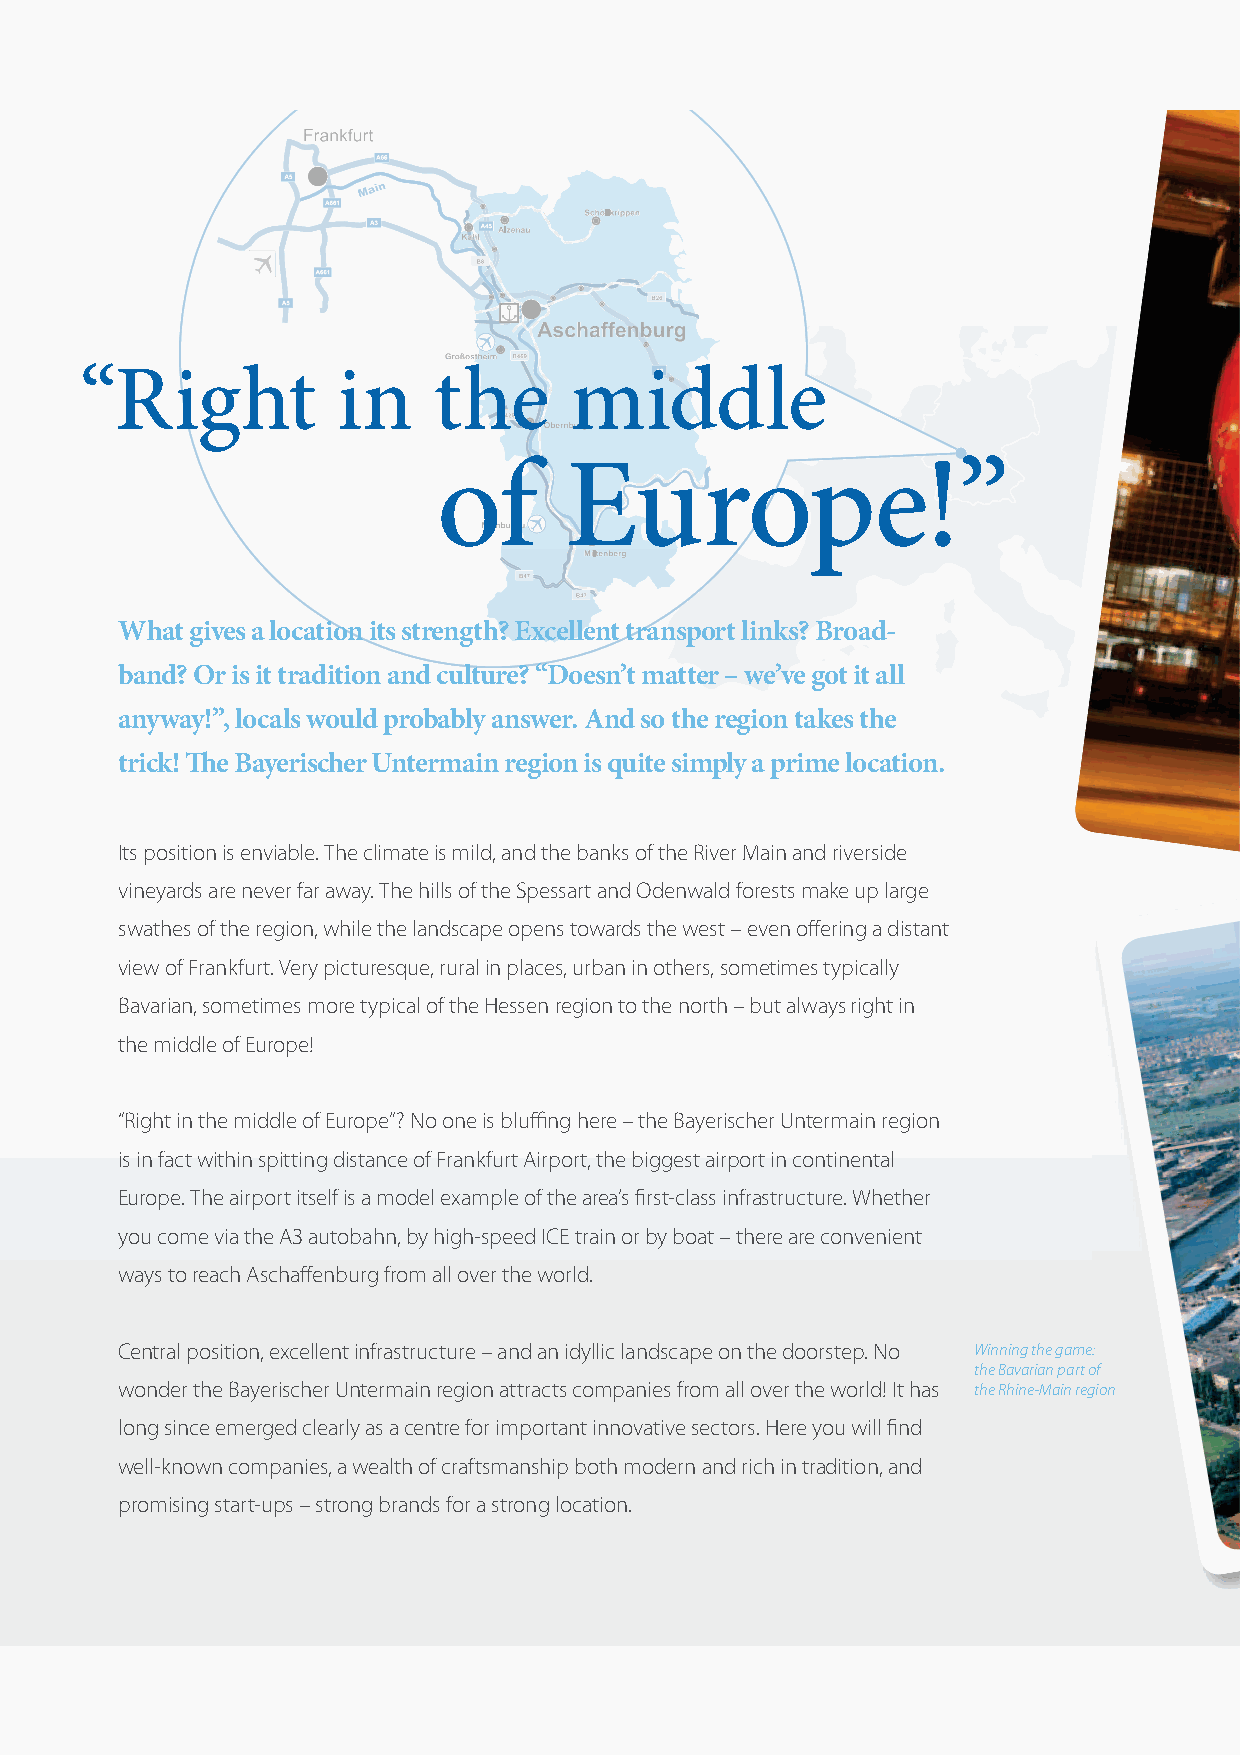
“Right           in     the      middle
 of      Europe!”
 What gives a location its strength? Excellent transport links? Broad-
 band? Or is it tradition and culture? “Doesn’t matter – we’ve got it all
 anyway!”, locals would probably answer. And so the region takes the
 trick! The Bayerischer Untermain region is quite simply a prime location.
 Its position is enviable. The climate is mild, and the banks of the River Main and riverside
 vineyards are never far away. The hills of the Spessart and Odenwald forests make up large
 swathes of the region, while the landscape opens towards the west – even offering a distant
 view of Frankfurt. Very picturesque, rural in places, urban in others, sometimes typically
 Bavarian, sometimes more typical of the Hessen region to the north – but always right in
 the middle of Europe!
 “Right in the middle of Europe”? No one is bluffing here – the Bayerischer Untermain region
 is in fact within spitting distance of Frankfurt Airport, the biggest airport in continental
 Europe. The airport itself is a model example of the area’s first-class infrastructure. Whether
 you come via the A3 autobahn, by high-speed ICE train or by boat – there are convenient
 ways to reach Aschaffenburg from all over the world.
 Central position, excellent infrastructure – and an idyllic landscape on the doorstep. No Winning the gamee::
 the Bavarian part ooff
 wonder the Bayerischer Untermain region attracts companies from all over the world! It has the Rhine-Main rreeggiioonn
 long since emerged clearly as a centre for important innovative sectors. Here you will find
 well-known companies, a wealth of craftsmanship both modern and rich in tradition, and
 promising start-ups – strong brands for a strong location.